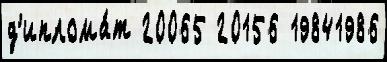
д'иплома́т 20065 20156 19841986